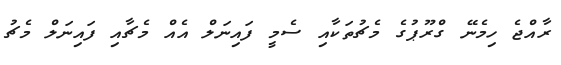
ރާއްޖެ ހިމެނޭ ގްރޫޕުގެ މެޗުތަކާއި ސެމީ ފައިނަލް އެއް މެޗާއި ފައިނަލް މެޗު